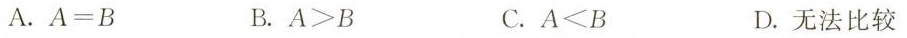
A.$$A=B$$ B.$$A>B$$ C.$$A<B$$ D.无法比较